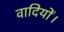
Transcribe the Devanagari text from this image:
वादियों।